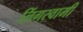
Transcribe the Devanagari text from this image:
लिंगस्वामी